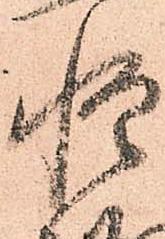
惶